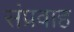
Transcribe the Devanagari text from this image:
संप्रवाह